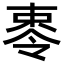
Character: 𪲥